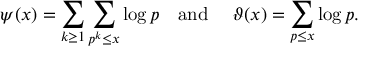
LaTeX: \psi ( x ) = \sum _ { k \geq 1 } \sum _ { p ^ { k } \leq x } \log p \quad { \mathrm { a n d ~ } } \quad \vartheta ( x ) = \sum _ { p \leq x } \log p .